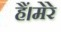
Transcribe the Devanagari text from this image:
हैं।मेरे